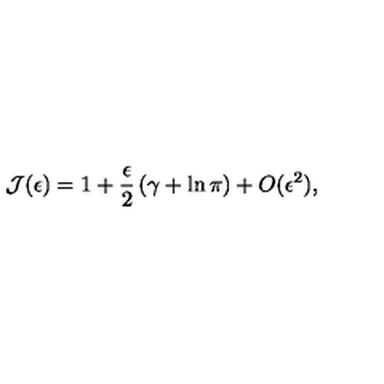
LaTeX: { \mathcal J } ( \epsilon ) = 1 + \frac { \epsilon } { 2 } \left( \gamma + \ln \pi \right) + O ( \epsilon ^ { 2 } ) ,